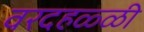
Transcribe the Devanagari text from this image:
वरदहळ्ळी